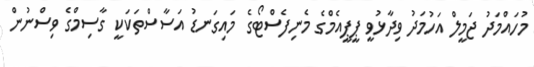
މުހައްމަދު ޖަމީލް އަހުމަދު ވިދާޅުވީ ޕީޕީއެމްގެ މެނިފެސްޓޯގެ މައިގަނޑު އަސާސްތަކަކީ ގާސިމްގެ ވިސްނުން